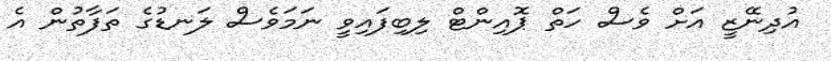
އުދިނޭޒީ އަށް ވެސް ހަތް ޕޮއިންޓް ލިބިފައިވީ ނަމަވެސް ލަނޑުގެ ތަފާތުން އެ